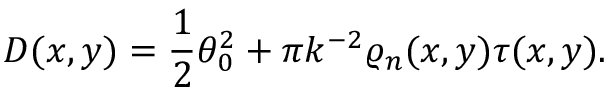
D ( x , y ) = \frac { 1 } { 2 } \theta _ { 0 } ^ { 2 } + \pi k ^ { - 2 } \varrho _ { n } ( x , y ) \tau ( x , y ) .